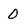
Character: 0